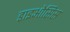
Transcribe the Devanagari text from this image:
डाइओसिस